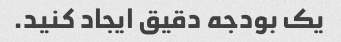
یک بودجه دقیق ایجاد کنید.